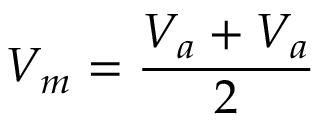
V _ { m } = \frac { V _ { a } + V _ { a } } { 2 }